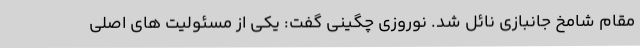
مقام شامخ جانبازی نائل شد. نوروزی چگینی گفت: یکی از مسئولیت های اصلی